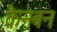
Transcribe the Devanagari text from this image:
कैनबन